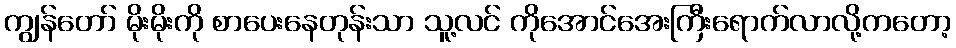
ကျွန်တော် မိုးမိုးကို စာပေးနေတုန်းသာ သူ့လင် ကိုအောင်အေးကြီးရောက်လာလို့ကတော့